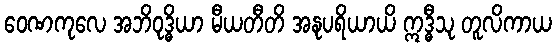
ဝေဏကုလေ အဘိဝုဒ္ဓိယာ မီယတီတိ အနုပရိယာယိ ဣဒ္ဓီသု တူလိကာယ